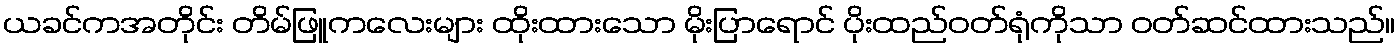
ယခင်ကအတိုင်း တိမ်ဖြူကလေးများ ထိုးထားသော မိုးပြာရောင် ပိုးထည်ဝတ်ရုံကိုသာ ဝတ်ဆင်ထားသည်။